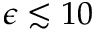
\epsilon \lesssim 1 0